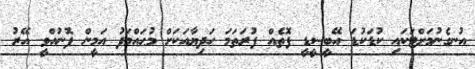
އުނގެނުމަށްޓަކައި ކުޑަކުޑަ އޭބީސީޑީ ފޮތެއް ފުރަތަމަ ހަދިޔާއަކަށް މުޙައްމަދު އަމީން ފޮނުއްވީ އޭރު